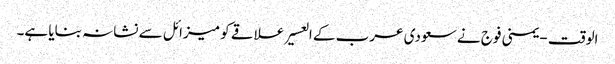
الوقت - یمنی فوج نے سعودی عرب کے العسیر علاقے کو میزائل سے نشانہ بنایا ہے۔